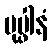
ပုပ္ဖါနံ